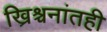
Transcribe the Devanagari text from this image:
ख्रिश्चनांतही